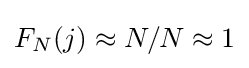
F_{N}(j)\approx N/N\approx 1